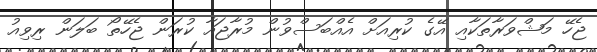
ޖެހޭ މަޝްވަރާތަކާއި އޭގެ ކުރިއަށް އެއްބަސްވުން މުރާޖައާ ކުރަން ޖެހޭތޯ ބަލަން ރިވިއު